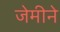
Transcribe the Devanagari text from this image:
जेमीने